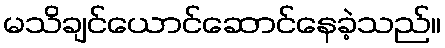
မသိချင်ယောင်ဆောင်နေခဲ့သည်။